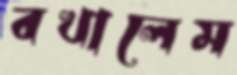
বখালেম